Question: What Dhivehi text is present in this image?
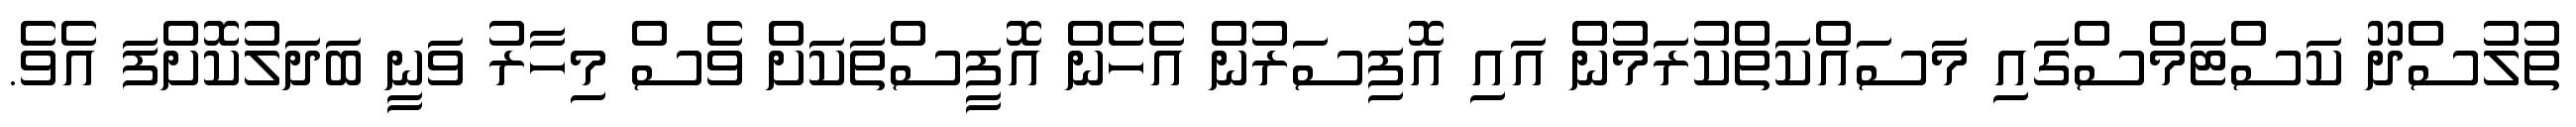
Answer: ތުލުސްދޫ ކަސްޓަމްސްގައި މަސައްކަތްކުރަމުން އައި އޮފިސަރުން އެހެން އޮފީސްތަކަށް ވެސް މިހާރު ވަނީ ބަދަލުކޮށްފަ އެވެ.